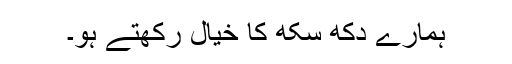
ہمارے دُکھ سکھ کا خیال رکھتے ہو۔